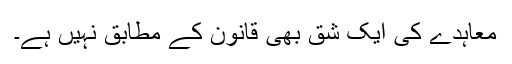
معاہدے کی ایک شق بھی قانون کے مطابق نہیں ہے۔